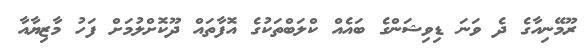
ރޫމޭނިއާގެ ދެ ވަނަ ޑިވިޝަންގެ ބައެއް ކްލަބްތަކުގެ އޮފާތައް ދޫކޮށްލުމަށް ފަހު މާޒިޔާއާ